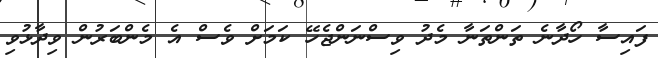
ފައިސާ ހޯދާނެ ތަންތަނާ މެދު ވިސްނަންޖެހޭ ކަމަށް ވެސް އެ މެންބަރުން ވިދާޅުވި